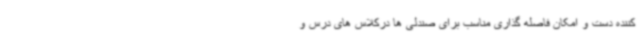
کننده دست و امکان فاصله گذاری مناسب برای صندلی ها درکلاس های درس و